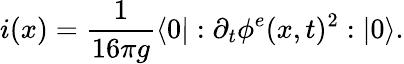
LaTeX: i(x)=\frac{1}{16\pi g}\langle 0|:\partial_{t}\phi^{e}(x,t)^{2}:|0\rangle.